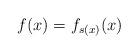
LaTeX: \begin{align*} f(x) = f_{s(x)}(x)\end{align*}